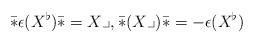
LaTeX: \begin{align*}\bar *\epsilon(X^\flat)\bar* = X\lrcorner, \bar *(X\lrcorner)\bar* =- \epsilon( X^\flat)\end{align*}